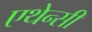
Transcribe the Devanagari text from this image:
एथेन्सी